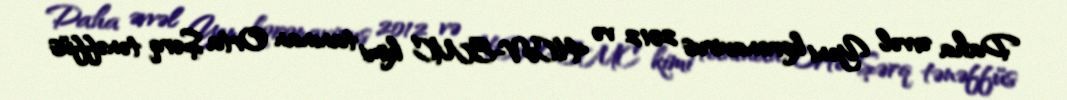
Daha əvvəl Yeni koronavirus 2012 və HCoV-EMC kimi tanınan Orta Şərq tənəffüs